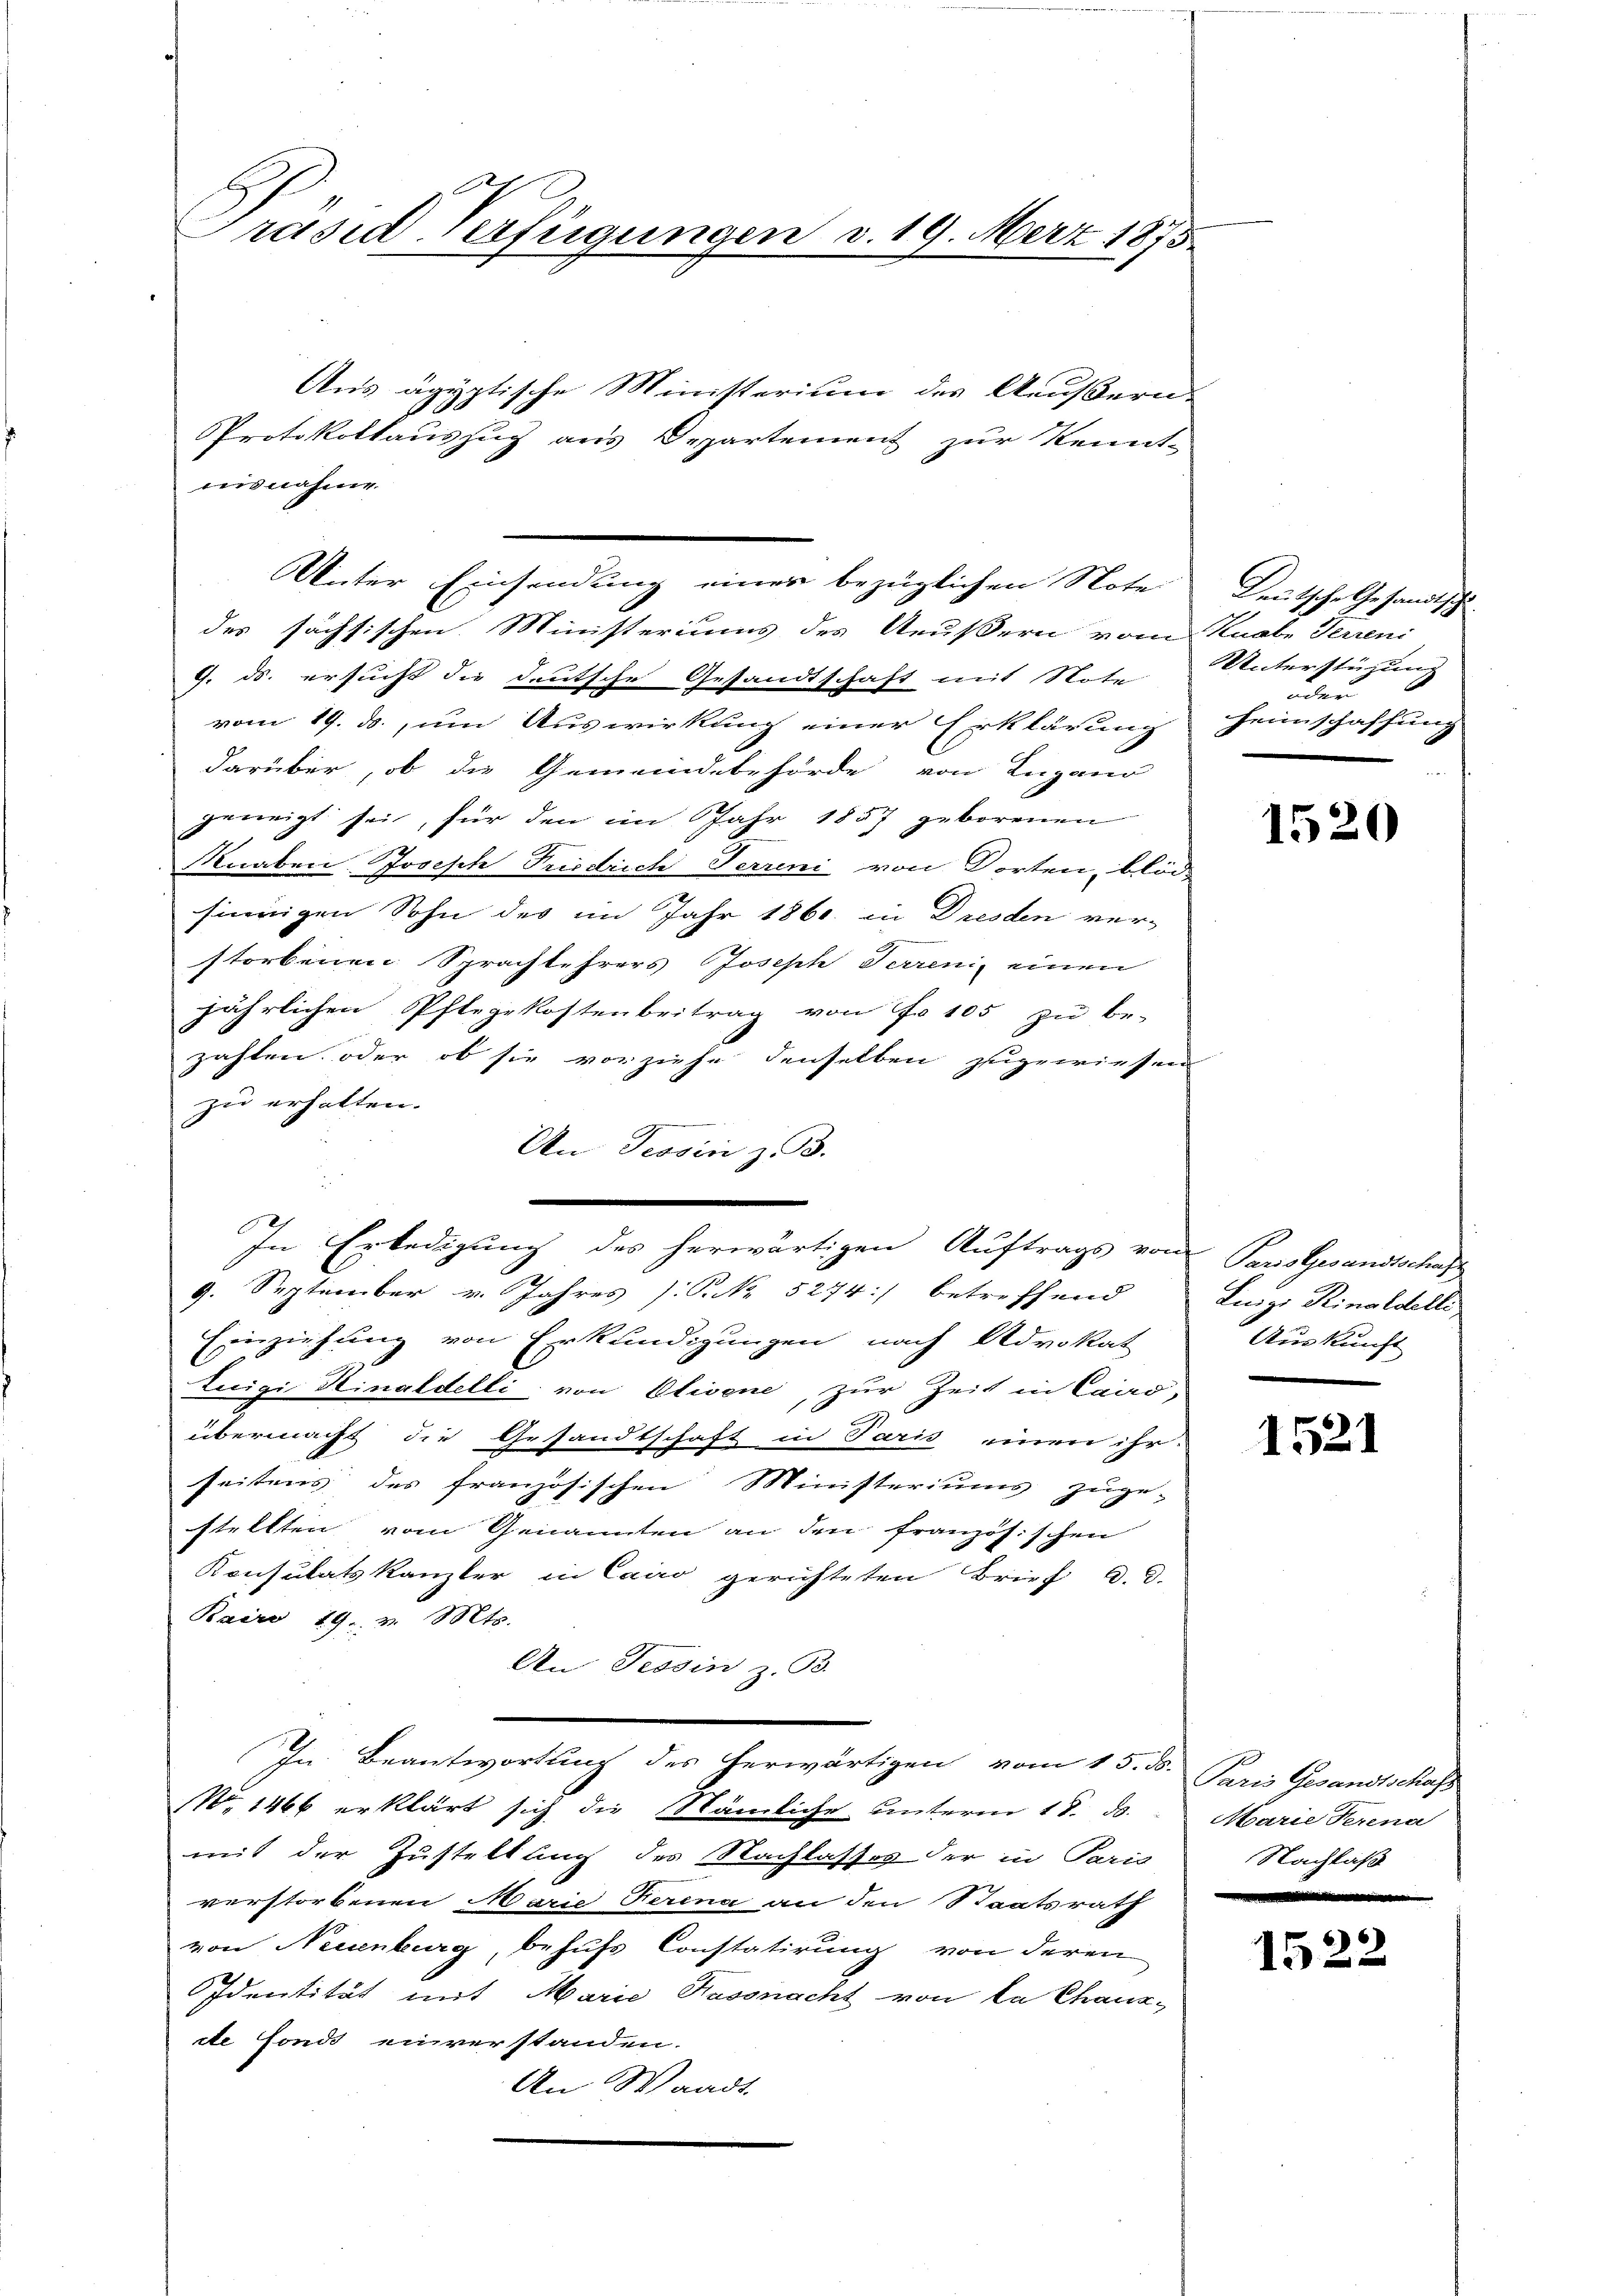
G
Präsid-Verfügungen v. 19. März 1875

Aus ägyptische Ministerium des Aeußern-
Protokollauszug aus Departement zur Kennt-
isnahme
des sächsischen Ministeriums des Aeußern vom Knabe Terreni
9. ds. ersucht die deutsche Gesandtschaft mit Note
vom 19. ds., um Auswirkung einer Erklärung
darüber, ob die Gemeindebehörde von Lugano
geneigt sei, für den im Jahr 1857 geborenen
Knaben Joseph Friedrich Terrini von Korten, blöd
sinnigen Sohn des im Jahr 1861 in Dresden ver-
storbenen Sprachtehrers Joseph Ferreni einen
jährlichen Pflegekostenbeitrag von Fr. 105 zŭ be-
zahlen oder ob sie vorziehe denselben zugewiesen
zu erhalten.
An Tessin z. B.
9. September v. Jahres P. Nr. 5274) betreffend Luigi Rinaldelli
Einziehung von Erkundigungen nach Advokat
Luigi Kinaldelli von Olivene, zur Zeit in Caro-
übermacht die Gesandtschaft in Paris einen ihr
seitens des französischen Ministeriums zuge-
stellten vom Genannten an den französischen
Konsulatskanter in Cairo gerichteten Brief d. d.
Bairo 19. v. Mts.
An Tessin z. B.
In Beantwortung des herwärtigen vom 15. ds. Paris Gesandtschafs
No 1466 erklärt sich die Nämliche unterm 18. d. Marie Perena
mit der Zustellung des Nachlasses der in Paris
verstorbenen Marie Ferina an den Staatsrath
von Neuenburg, behufs Constatirung von deren
Identität mit Marie Hassnacht von da Chanzde Fonds einverstanden.
An Waadt.

Unter Einsendung einer bezüglichen Note

In Erledigung des herwärtigen Auftrags von Pans Gesandtschaf

Leutsche Gesandtschu
Unterstüzung
oder
Heimschaffung

1520

Auskunft

1521

Nachlaß

152.